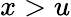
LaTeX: x>u